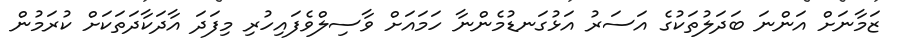
ޒަމާނަށް އަންނަ ބަދަލުތަކުގެ އަސަރު އަޅުގަނޑުމެންނާ ހަމައަށް ވާސިލްވެފައިހުރި މިފަދަ އާދަކާދަތަކަށް ކުރަމުން